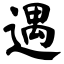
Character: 遇